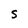
Character: S